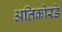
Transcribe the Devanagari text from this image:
अतिकोरडे